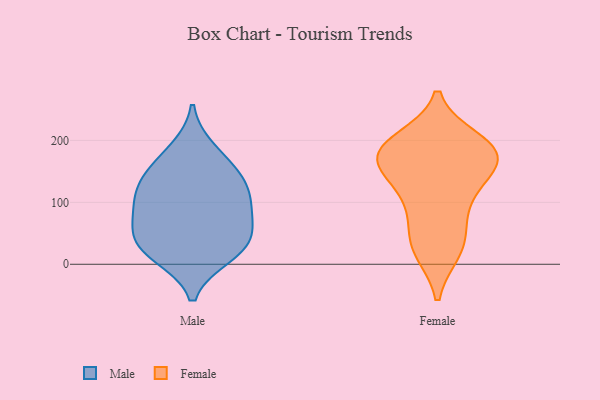
{"axis": {"x": "Active Users", "y": "Value"}, "legend": ["Female", "Male"], "data": [{"x": "", "y": 132, "type": "Male"}, {"x": "", "y": 136, "type": "Male"}, {"x": "", "y": 51, "type": "Male"}, {"x": "", "y": 104, "type": "Male"}, {"x": "", "y": 35, "type": "Male"}, {"x": "", "y": 14, "type": "Male"}, {"x": "", "y": 155, "type": "Male"}, {"x": "", "y": 47, "type": "Male"}, {"x": "", "y": 185, "type": "Male"}, {"x": "", "y": 18, "type": "Male"}, {"x": "", "y": 91, "type": "Male"}, {"x": "", "y": 90, "type": "Male"}, {"x": "", "y": 152, "type": "Female"}, {"x": "", "y": 122, "type": "Female"}, {"x": "", "y": 165, "type": "Female"}, {"x": "", "y": 110, "type": "Female"}, {"x": "", "y": 42, "type": "Female"}, {"x": "", "y": 81, "type": "Female"}, {"x": "", "y": 189, "type": "Female"}, {"x": "", "y": 22, "type": "Female"}, {"x": "", "y": 25, "type": "Female"}, {"x": "", "y": 180, "type": "Female"}, {"x": "", "y": 183, "type": "Female"}, {"x": "", "y": 169, "type": "Female"}, {"x": "", "y": 184, "type": "Female"}, {"x": "", "y": 199, "type": "Female"}]}